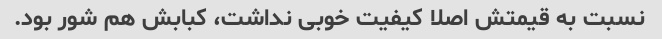
نسبت به قیمتش اصلا کیفیت خوبی نداشت، کبابش هم شور بود.